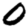
Digit: 0